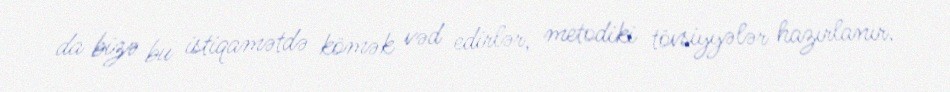
da bizə bu istiqamətdə kömək vəd edirlər, metodiki tövsiyyələr hazırlanır.